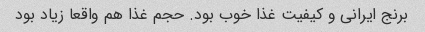
برنج ایرانی و کیفیت غذا خوب بود. حجم غذا هم واقعا زیاد بود